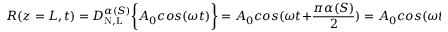
R ( z = L , t ) = D _ { \mathrm { N , L } } ^ { \alpha ( S ) } \bigg \{ { A _ { 0 } c o s ( \omega t ) \bigg \} } = A _ { 0 } c o s ( \omega t + \frac { \pi \alpha ( S ) } { 2 } ) = A _ { 0 } c o s ( \omega t + \frac { \pi ( \beta _ { 4 1 } z + \beta _ { 4 4 } t ) } { 2 } ) .